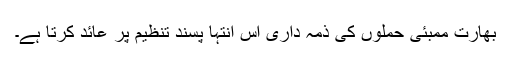
بھارت ممبئی حملوں کی ذمہ داری اس انتہا پسند تنظیم پر عائد کرتا ہے۔